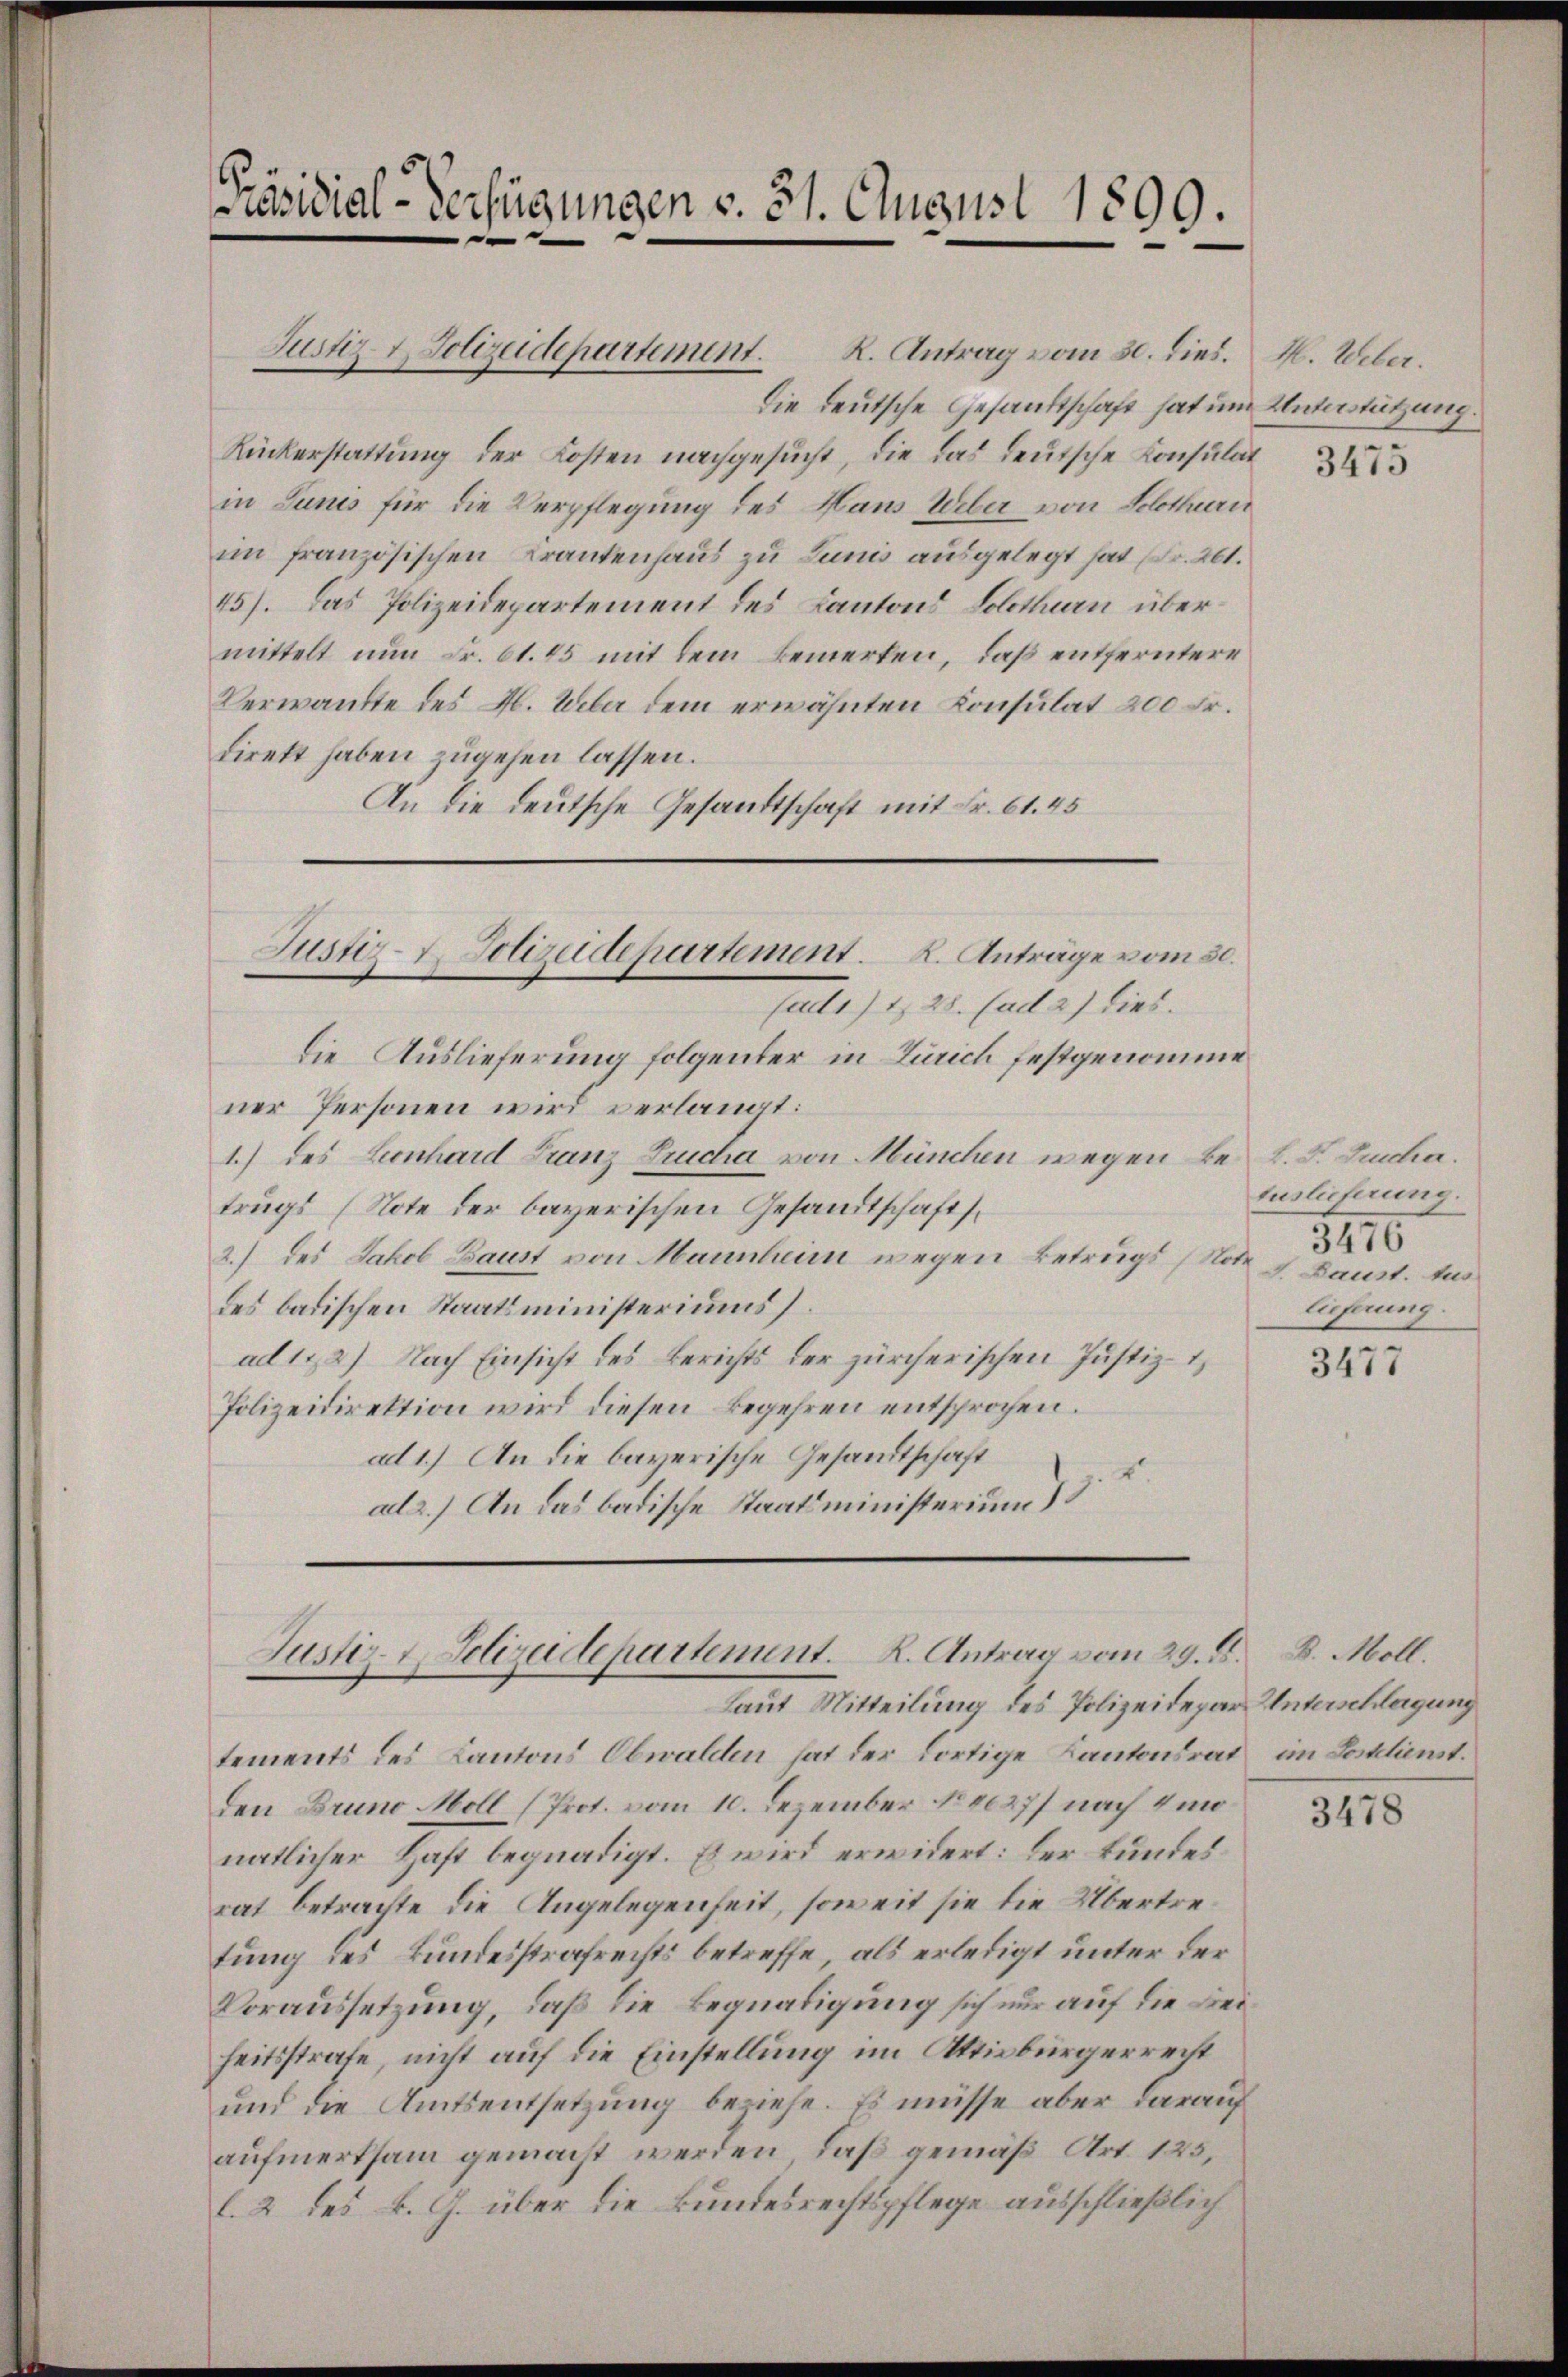
Justiz- & Polizeidepartement. R. Antrag vom 30. dies. M. Ueber.
Die deutsche Gesandtschaft hat um Unterstützung.
Rückerstattung der Kosten nachgesucht, die das deutsche Konsulat
in Junis für die Verpflegung des Haus Ueber von Solothurn
im französischen Krankenhaus zu Lunis ausgelegt hat (Fr. 261.
45). Das Polizeidepartement des Kantons Solothurn übermittelt nun Fr. 61. 45 mit dem Bemerken, daß entferntere
Verwandte des H. Ueber dem erwähnten Konsulat 200 Fr.
direkt haben zugehen lassen.
An die deutsche Gesandtschaft mit Fr. 61. 45
Justiz-7. Polizeidepartement. 2. Anträge vom 30.
fad1) S. 28. (ad 2) dies.
Die Auslieferung folgenter in Zürich festgenomme
ner Personen wird verlangt:
1.) des Leonhard Franz Frucha von München wegen bei L. S. Zuscha.
trugs (Note der bayerischen Gesandtschafts¬
2.) des Jakob Baust von Mannheim wegen Betrugs (Not. I. Baust. Aus
des badischen Staatsministeriums.
ad 122) Nach Einsicht des Berichts der zürcherischen Justiz-
Polizeidirektion wird diesen Begehren entsprochen.
ad 1.) An die bayerische Gesandtschaft
4.
al 2.) An das badische Staatsministerium d

Präsidial-Verfügungen v. 31. August 1899.

tements des Kantons Obwalden hat der dortige Kantonsrat
Den Bruno Moll (Prot. vom 10. Dezember No 80277 nach 4 mo
natlicher Haft begnadigt. Es wird erwidert: Der Bundes
rat betrachte die Angelegenheit, soweit sie die Übertretung des Bundesstrafrechts betreffe, als erledigt unter der
Voraussetzung, daß die Begnadigung sich nur auf die Freiheitsstrafe, nicht auf die Einstellung im Aktivbürgerrecht
und die Amtsentsetzung beziehe. Es müsse aber darauf
aufmerksam gemacht werden, daß gemäß Art. 125,
l. 2 des k. G. über die Bundesrechtspflege ausschließlich

Justiz-Polizeidepartement. K. Antrag vom 29. 8.
Laut Mitteilung des Polizeidepar Unterschlagung

3475

Auslieferung.
3810
lieferung.

3477

B. Moll.
im Postdienst.

3478